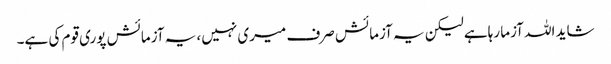
شاید اللہ آزما رہاہے لیکن یہ آزمائش صرف میری نہیں، یہ آزمائش پوری قوم کی ہے۔